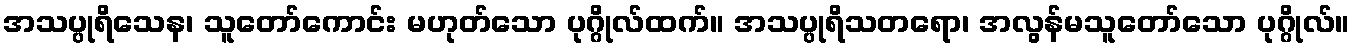
အသပ္ပုရိသေန၊ သူတော်ကောင်း မဟုတ်သော ပုဂ္ဂိုလ်ထက်။ အသပ္ပုရိသတရော၊ အလွန်မသူတော်သော ပုဂ္ဂိုလ်။